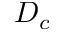
D _ { c }